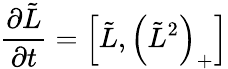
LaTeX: {\frac{\partial\tilde{L}}{\partial t}}=\left[\tilde{L},\left(\tilde{L}^{2}\right)_{+}\right]